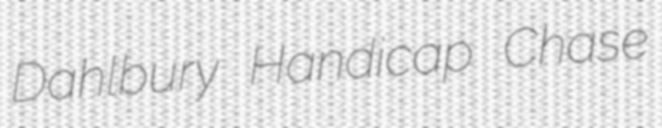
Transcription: Dahlbury Handicap Chase